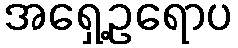
အရှေ့ဥရောပ